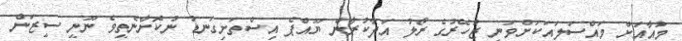
މުއާއަށް މައްސަލައަކަށްވަނީ ޒުހޭރުގެ ރޯލު އަދާކުރާން ޔޫއްޕެ އިސްތަށިގަނޑު ނުކޮށާނެތީވެ ނޫނީ ސީޒަން